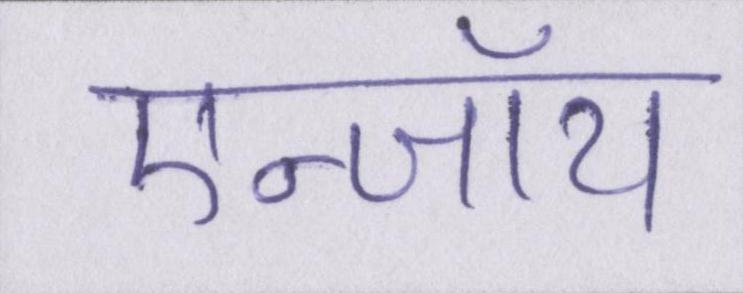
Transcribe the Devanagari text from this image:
एन्जॉय